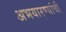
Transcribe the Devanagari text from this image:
अभयारण्यांची